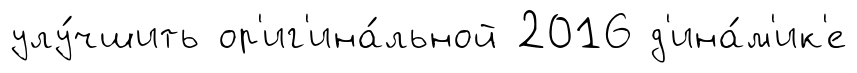
улу́чшить ор'иг'ина́льной 2016 д'ина́м'ик'е